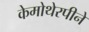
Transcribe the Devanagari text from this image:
केमोथेरपीने